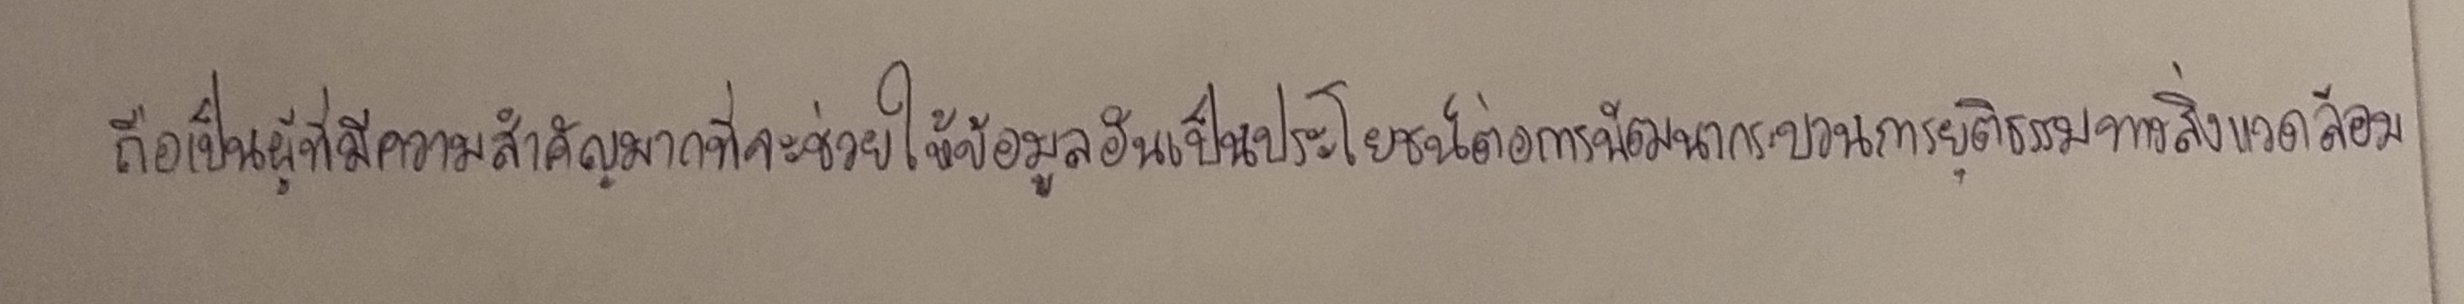
ถือเป็นผู้ที่มีความสำคัญมากที่จะช่วยให้ข้อมูลอันเป็นประโยชน์ต่อการพัฒนากระบวนการยุติธรรมทางสิ่งแวดล้อม